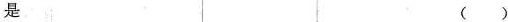
是()